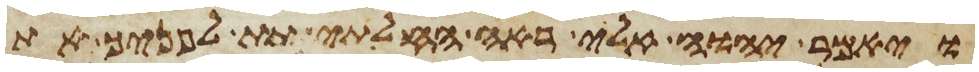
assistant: ויאמר יהוה אלי ראה החלתי תת לפניך את